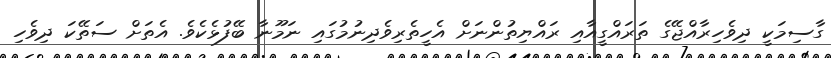
ގާސިމަކީ ދިވެހިރާއްޖޭގެ ތަރައްގީއާއި ރައްޔިތުންނަށް އެހީތެރިވެދިނުމުގައި ނަމޫނާ ބޭފުޅެކެވެ. އެތަށް ސަތޭކަ ދިވެހި